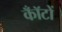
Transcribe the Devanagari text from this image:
कॉँटों